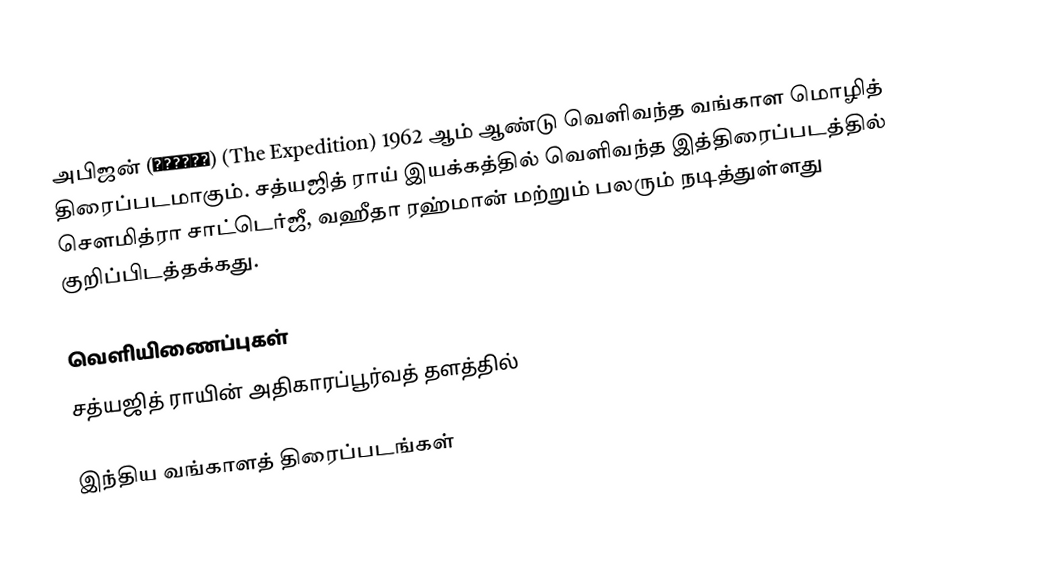
அபிஜன் (অভিযান) (The Expedition) 1962 ஆம் ஆண்டு வெளிவந்த வங்காள மொழித் திரைப்படமாகும். சத்யஜித் ராய் இயக்கத்தில் வெளிவந்த இத்திரைப்படத்தில் சௌமித்ரா சாட்டெர்ஜீ, வஹீதா ரஹ்மான் மற்றும் பலரும் நடித்துள்ளது குறிப்பிடத்தக்கது.

வெளியிணைப்புகள்
சத்யஜித் ராயின் அதிகாரப்பூர்வத் தளத்தில்

இந்திய வங்காளத் திரைப்படங்கள்